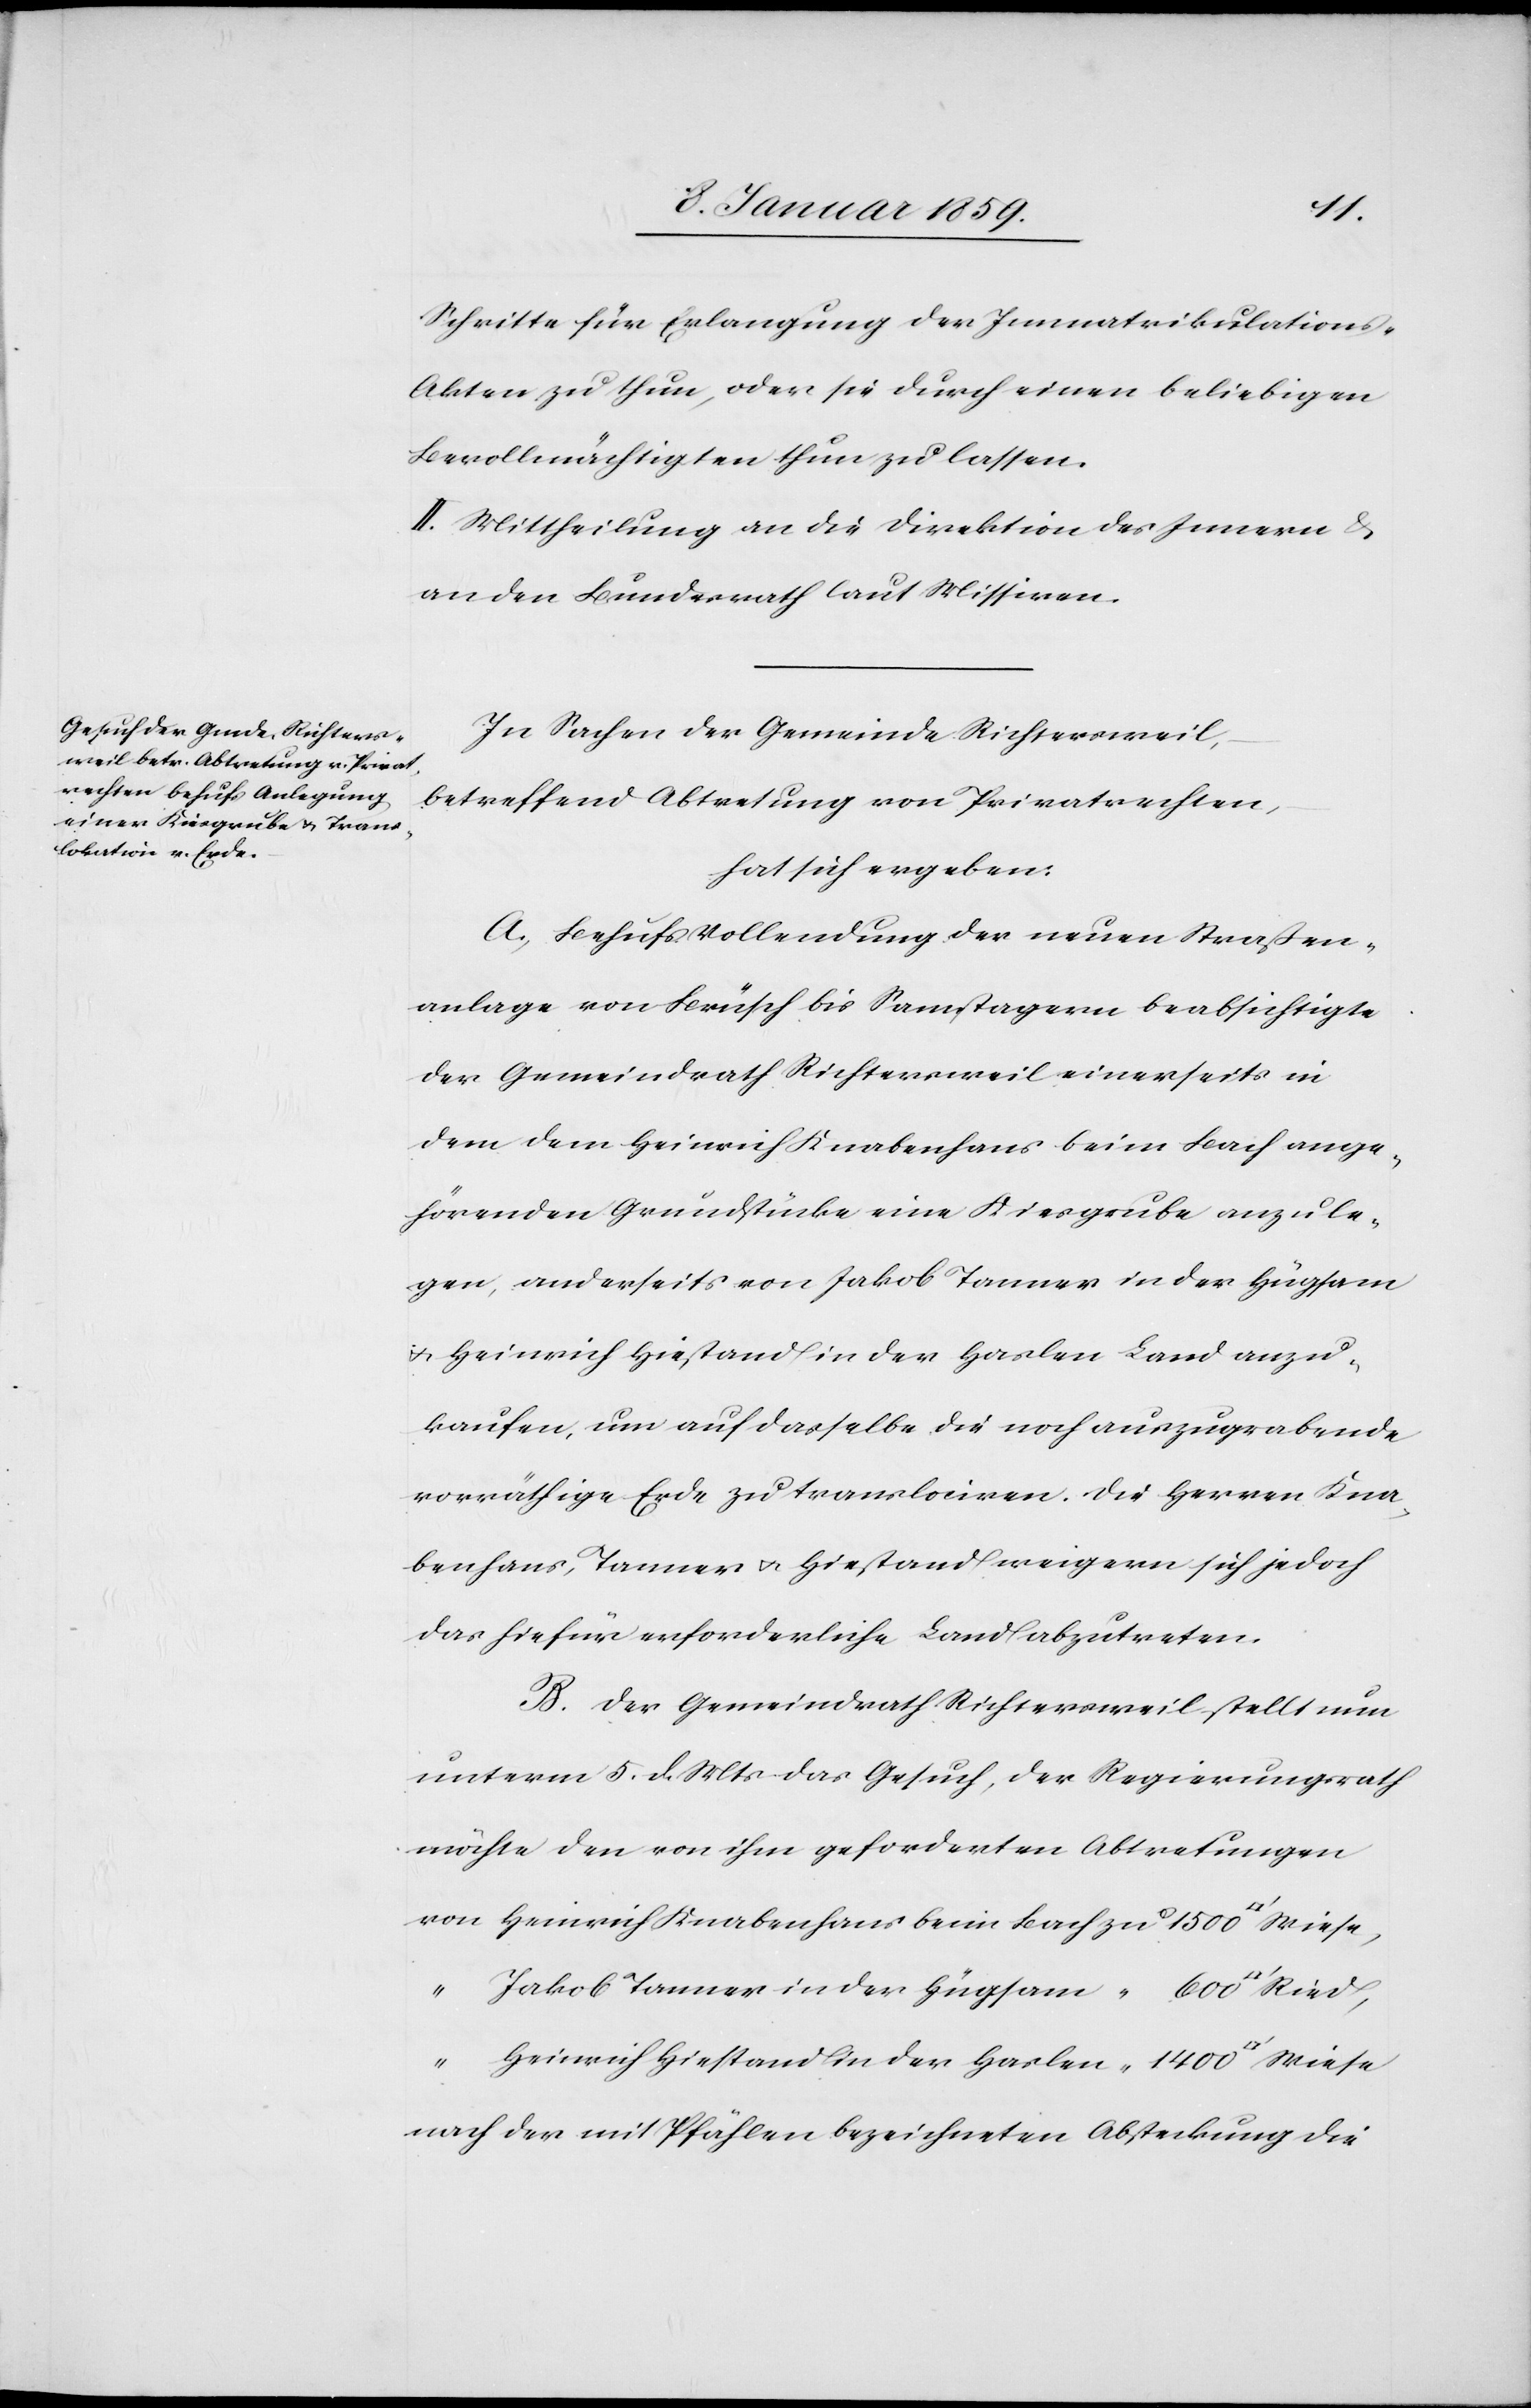
Schritte für Erlangung der Immatrikukations-A¬
kten zu thun, oder sie durch einen beliebigen
Bevollmächtigten thun zu lassen.
II. Mittheilung an die Direktion des Innern u.
an den Bundesrath laut Missiven.
In Sachen der Gemeinde Richtersweil,
betreffend Abtretung von Privatrechten,
hat sich ergeben:
A. Behufs Vollendung der neuen Straßen¬
anlage von Brüsch bis Samstagern beabsichtigte
der Gemeindrath Richtersweil einerseits in
dem dem Heinrich Knabenhans beim Bach ange¬
hörenden Grundstücke eine Kiesgrube anzule¬
gen, anderseits von Jakob Tanner in der Hügsam
u. Heinrich Hiestand in der Harlen Land anzu¬
kaufen, um auf dasselbe die noch auszugrabende
vorräthige Erde zu translociren. Die Herren Kna¬
benhans, Tanner u. Hiestand weigern sich jedoch
das hiefür erforderliche Land abzutreten.
B. Der Gemeindrath Richtersweil stellt nun
unterm 5. d. Mts. das Gesuch, der Regierungsrath
möchte den von ihm geforderten Abtretungen
nach der mit Pfählen bezeichneten Absteckung die